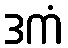
ဒကံ